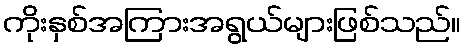
ကိုးနှစ်အကြားအရွယ်များဖြစ်သည်။